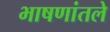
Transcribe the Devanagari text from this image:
भाषणांतले